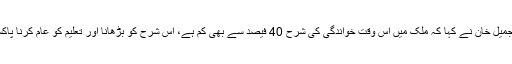
ضلع بن قاسم کے امیر عبدالجمیل خان نے کہا کہ ملک میں اس وقت خواندگی کی شرح 40 فیصد سے بھی کم ہے، اس شرح کو بڑھانا اور تعلیم کو عام کرنا پاکستان کے لیے بڑا چیلنج ہے۔